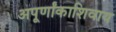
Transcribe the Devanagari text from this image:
अपूर्णांकाशिवाय